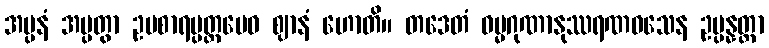
အပ္ပနံ အပ္ပတွာ ဥပစာရပ္ပတ္တမေဝ ဈာနံ ဟောတိ။ တဒေတံ ဓမ္မဂုဏာနုဿရဏဝသေန ဥပ္ပန္နတ္တာ